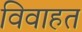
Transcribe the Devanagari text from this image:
विवाहत